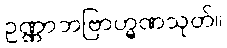
ဥဏ္ဏာဘဗြာဟ္မဏသုတ်။